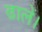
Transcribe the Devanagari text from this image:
ढालें।